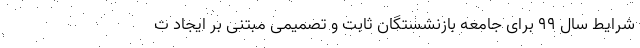
شرایط سال ۹۹ برای جامعه بازنشستگان ثابت و تصمیمی مبتنی بر ایجاد ت